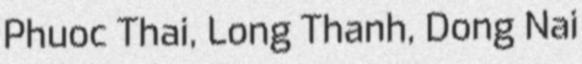
Phuoc Thai, Long Thanh, Dong Nai